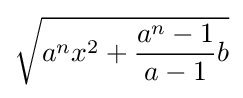
{\sqrt {a^{n}x^{2}+{\frac {a^{n}-1}{a-1}}b}}